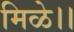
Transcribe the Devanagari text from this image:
मिळे।।